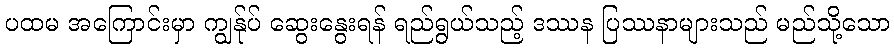
ပထမ အကြောင်းမှာ ကျွန်ုပ် ဆွေးနွေးရန် ရည်ရွယ်သည့် ဒဿန ပြဿနာများသည် မည်သို့သော